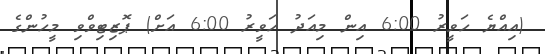
(އިއްޔެ ހަވީރު 6:00 އިން މިއަދު ހަވީރު 6:00 އަށް) ޕޮޒިޓިވްވި މީހުންގެ